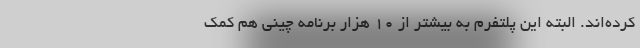
کرده‌اند. البته این پلتفرم به بیشتر از 10 هزار برنامه چینی هم کمک